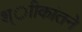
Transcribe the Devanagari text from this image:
श्ाीकांतने